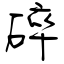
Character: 碎